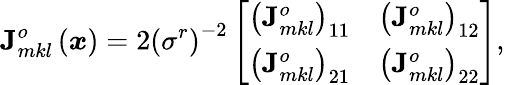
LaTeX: \mathbf{J}_{mkl}^{o}\left(\boldsymbol{x}\right)=2\left(\sigma^{r}\right)^{-2}\left[\begin{array}{cc}{\left(\mathbf{J}_{mkl}^{o}\right)_{11}}&{\left(\mathbf{J}_{mkl}^{o}\right)_{12}}\\ {\left(\mathbf{J}_{mkl}^{o}\right)_{21}}&{\left(\mathbf{J}_{mkl}^{o}\right)_{22}}\end{array}\right],